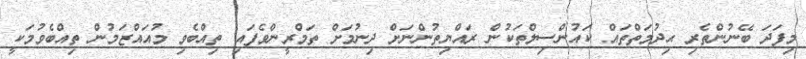
މިފަދަ ބޭނުންތެރި ޙިދުމަތްތައް ކައުންސިލްތަކުން ރައްޔިތުންނަށް ދިނުމަށް ތަމްރީންވެފައި ތިއްބެވި މުއައްޒަމުން ތިއްބެވުމަކީ